Eesti_Vabariigi_Tartu_Ulikool, lk 187
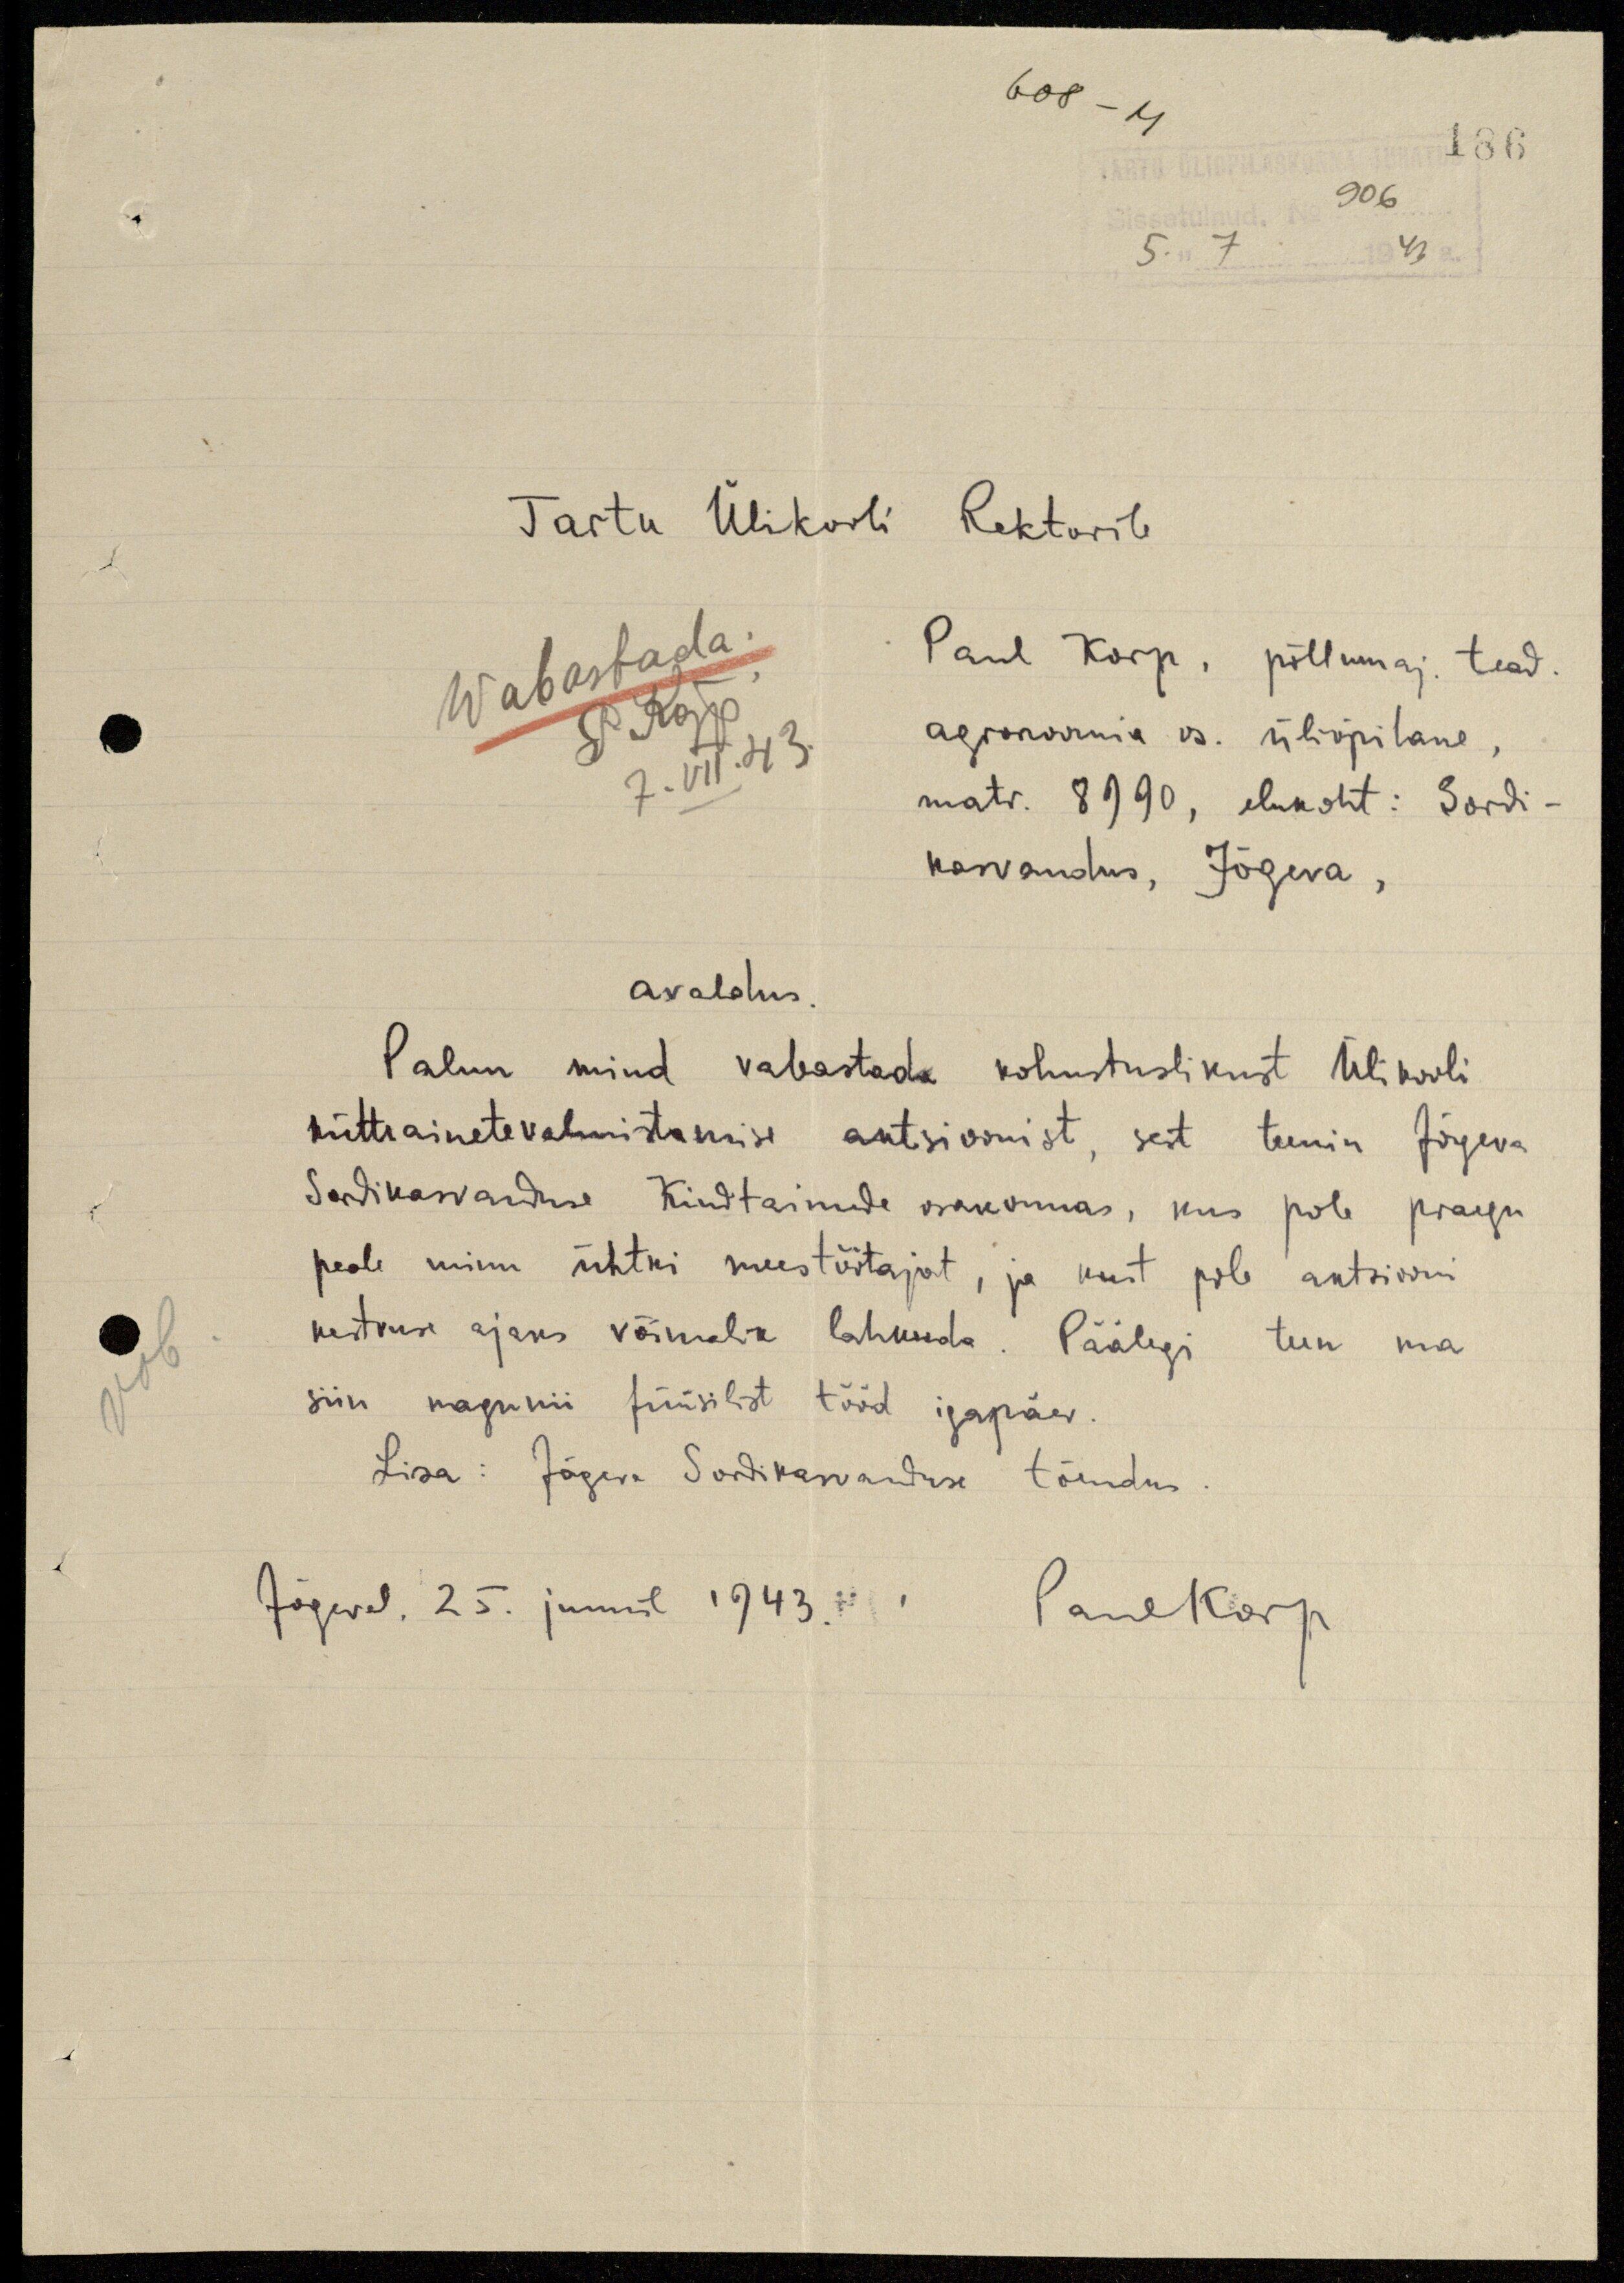
608 - M
186
TARTU ÜLIÕPILASKONNA JUHATUS
Sissetulnud. No 906
"5." 7 1943 a.
Tartu Ülikooli Rektorile
Wabastada.
P. Kõpp
7. VII. 43.
Paul Korp, põllumaj. tead.
agronoomia os. üliõpilane,
matr. 8990, elukoht: Sordi-
kasvandus, Jõgeva,
avaldus.
Palun mind vabastada kohustuslikust Ülikooli
kütteainetevalmistamise aktsioonist, sest teenin Jõgeva
Sordikasvanduse Kiudtaimede osakonnas, kus pole praegu
peale minu ühtki meestöötajat, ja kust pole aktsiooni
kestvuse ajaks võimalik lahkuda. Päälegi teen ma
siin nagunii füüsilist tööd igapäev.
Lisa: Jõgeva Sordikasvanduse tõendus.
Jõgeval, 25. juunil 1943. Paul Korp